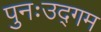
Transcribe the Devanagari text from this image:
पुनःउद्गम